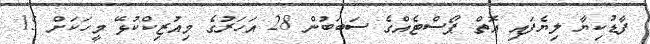
ފާޑުކިޔާ ލިޔެފައި އޮތް ޕޯސްޓެއްގެ ސަބަބުން 28 އަހަރުގެ މިއުޒިކްކުޅޭ މީހަކަށް 15